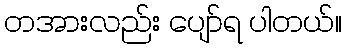
တအားလည်း ပျော်ရ ပါတယ်။